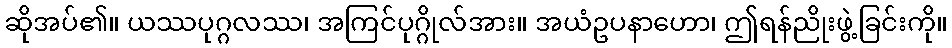
ဆိုအပ်၏။ ယဿပုဂ္ဂလဿ၊ အကြင်ပုဂ္ဂိုလ်အား။ အယံဥပနာဟော၊ ဤရန်ညိုးဖွဲ့ခြင်းကို။